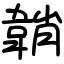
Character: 韒